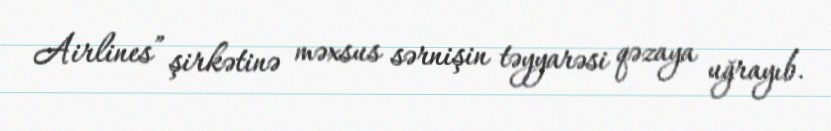
Airlines” şirkətinə məxsus sərnişin təyyarəsi qəzaya uğrayıb.